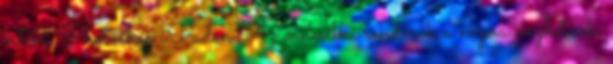
értékű Photoshop iPaden Az amerikai rendőrök a napra nézhetnek,